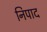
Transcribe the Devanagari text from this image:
निपाद